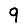
Digit: 9